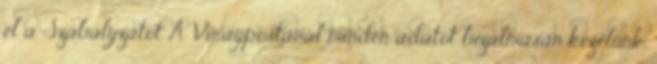
el a Szabályzatot A Virágpostánál minden adatot bizalmasan kezelünk,